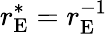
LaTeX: r_{\mathrm{E}}^{*}=r_{\mathrm{E}}^{-1}